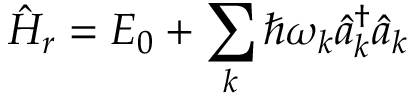
\hat { H } _ { r } = E _ { 0 } + \sum _ { k } \hbar \omega _ { k } \hat { a } _ { k } ^ { \dagger } \hat { a } _ { k }